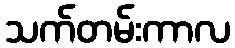
သက်တမ်းကာလ